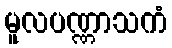
မူလပဏ္ဏာသကံ